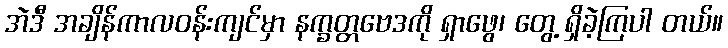
အဲဒီ အချိန်ကာလဝန်းကျင်မှာ နက္ခတ္တဗေဒကို ရှာဖွေ၊ တွေ့ ရှိခဲ့ကြပါ တယ်။